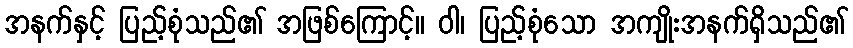
အနက်နှင့် ပြည့်စုံသည်၏ အဖြစ်ကြောင့်။ ဝါ၊ ပြည့်စုံသော အကျိုးအနက်ရှိသည်၏